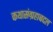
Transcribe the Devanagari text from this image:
कथासंग्रहाबद्दल